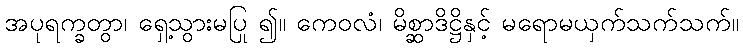
အပုရက္ခတွာ၊ ရှေ့သွားမပြု ၍။ ကေဝလံ၊ မိစ္ဆာဒိဋ္ဌိနှင့် မရောမယှက်သက်သက်။